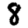
Digit: 8